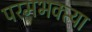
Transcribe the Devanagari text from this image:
परमभक्त्या